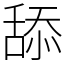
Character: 舔